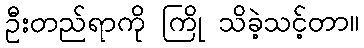
ဦးတည်ရာကို ကြို သိခဲ့သင့်တာ။